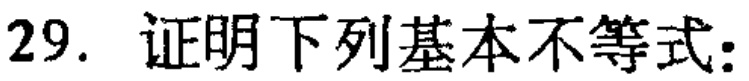
29. 证明下列基本不等式：